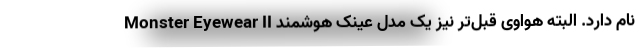
Monster Eyewear II نام دارد. البته هواوی قبل‌تر نیز یک مدل عینک هوشمند